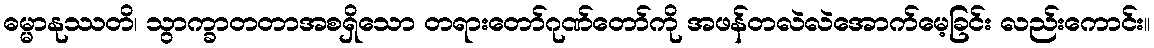
ဓမ္မာနုဿတိ၊ သွာက္ခာတတာအစရှိသော တရားတော်ဂုဏ်တော်ကို အဖန်တလဲလဲအောက်မေ့ခြင်း လည်းကောင်း။